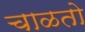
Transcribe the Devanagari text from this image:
चाळतो